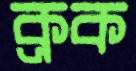
ক্রক